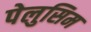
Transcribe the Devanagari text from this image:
पेलुसिम